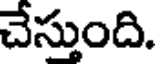
చేస్తుంది.